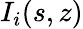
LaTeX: I_{i}(s,z)